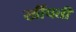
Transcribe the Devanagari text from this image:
खींचतीं